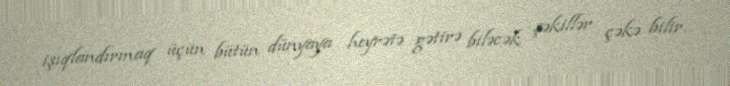
işıqlandırmaq üçün bütün dünyaya heyrətə gətirə biləcək şəkillər çəkə bilir.